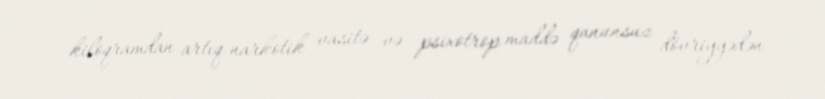
kiloqramdan artıq narkotik vasitə və psixotrop maddə qanunsuz dövriyyədən